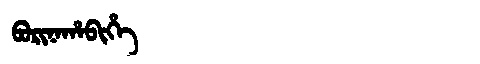
Manchu: ᠪᠣᡵᡳᠨᠠᡥᠠᠪᡳᡥᡝ
Romanization: BORINAHABIHE